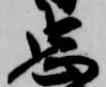
忠